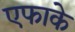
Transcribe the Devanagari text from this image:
एफाके